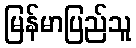
မြန်မာပြည်သူ